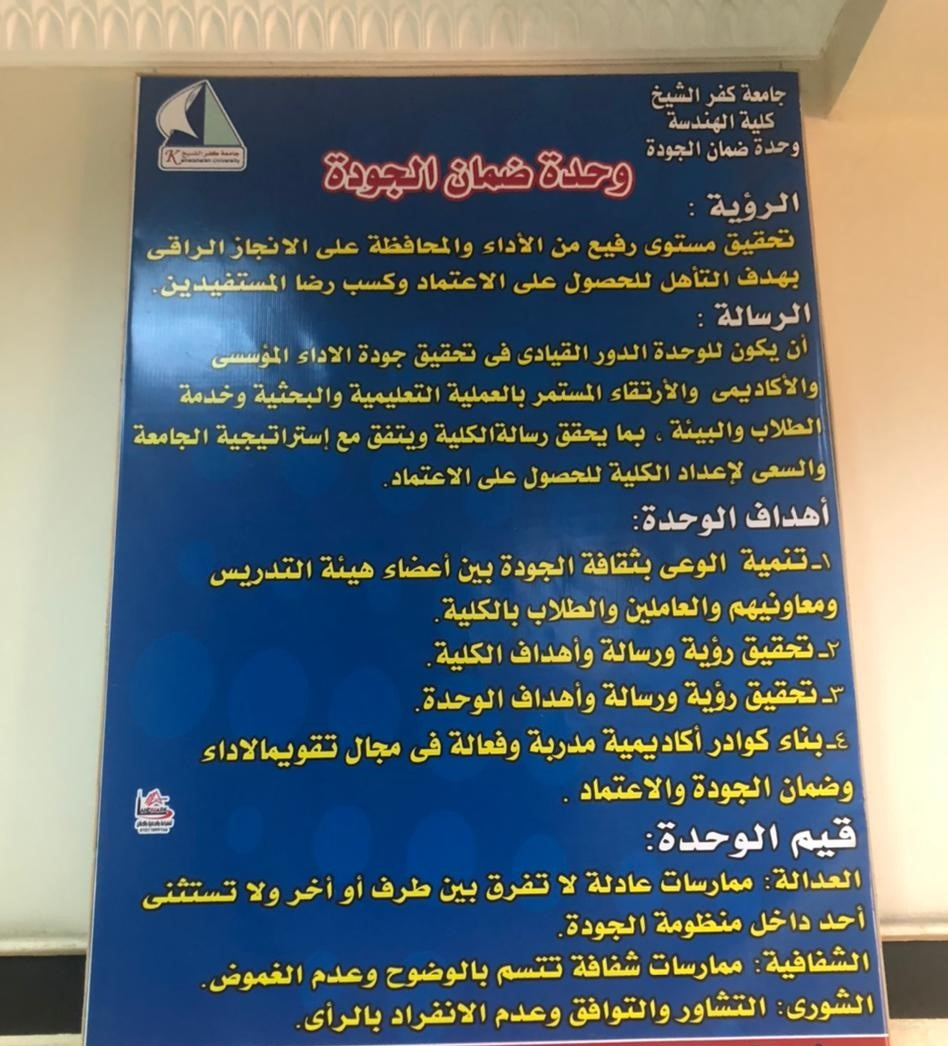
Text in image: كفر جامعة الشيخ كلية الهندسة وحدة الجودة ضمان وحدة ضمان الجودة الرؤية تحقيق الأداء مستوى والمحافظة رفيع الراقي من الانجاز على التأهل بهدف الاعتماد للحصول على وكسب رضا المستفيدين الرسالة أن يكون للوحدة الدور فى تحقيق القيادى الاداء جودة المؤسسى والأكاديمي والأرتقاء المستمر والبحثية بالعملية وخدمة التعليمية الطلاب والبيئة رسالة بما يحقق الجامعة الكلية إستراتيجية ويتفق مع والسعى لإعداد الكلية للحصول الاعتماد. على أهداف الوحدة 1 تنمية بثقافة الوعى الجودة أعضاء هيئة بين التدريس ومعاونيهم والطلاب والعاملين بالكلية. 2 تحقيق رؤية ورسالة وأهداف الكلية 3 تحقيق رؤية ورسالة وأهداف الوحدة 4 بناء كوادر أكاديمية مدربة وفعالة فى مجال تقويمالاداء الجودة والاعتماد وضمان قيم الوحدة العدالة: عادلة ممارسات لا تفرق بين طرف أو أخر ولا تستثنى أحد داخل منظومة الجودة الشفافية: شفافة ممارسات تتسم بالوضوح وعدم الغموض. الشورى: التشاور والتوافق وعدم الانفراد بالرأى.